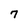
Character: 7